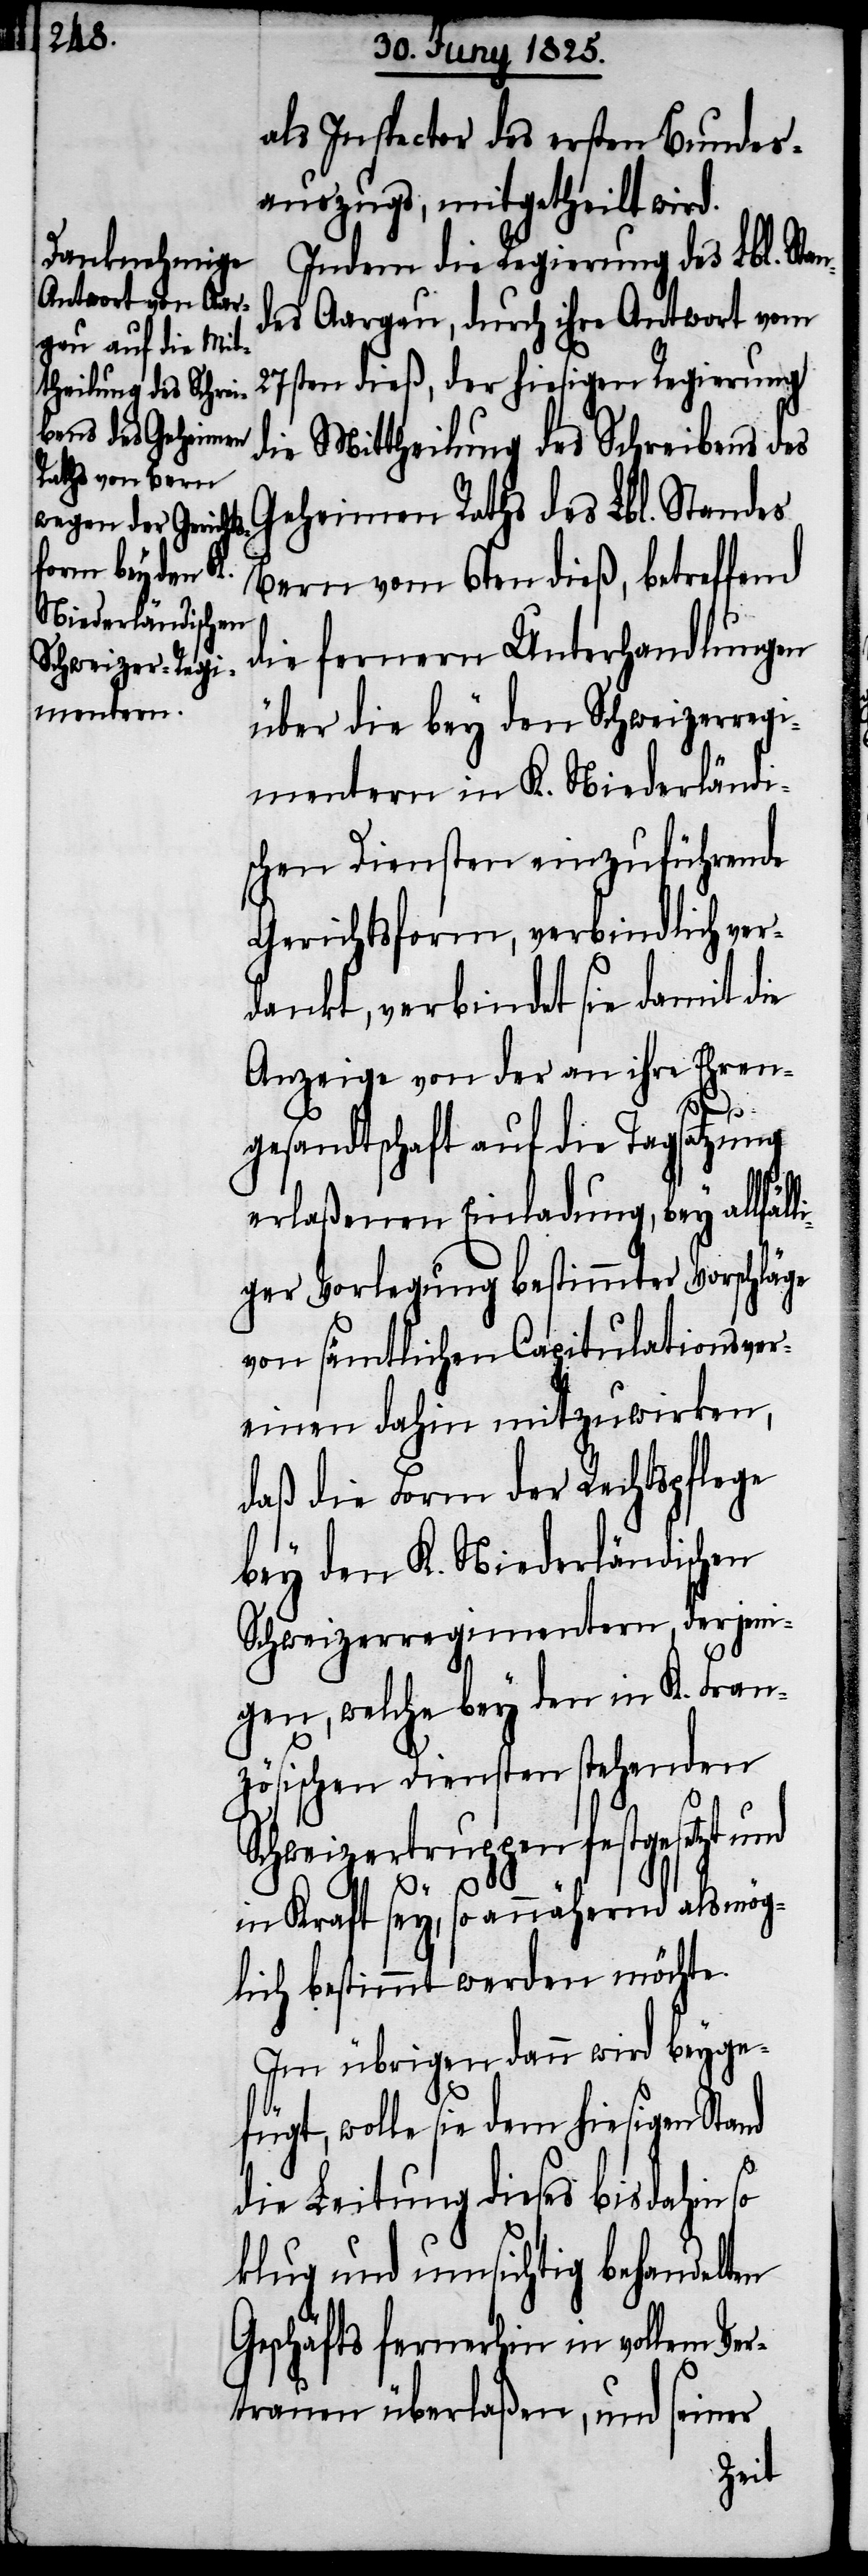
als Inspector des ersten Bundes¬
auszuges, mitgetheilt wird.
Indem die Regierung des Lbl. Stan¬
des Aargau, durch ihre Antwort vom
27sten dieß, der hiesigen Regierung
die Mittheilung des Schreibens des
Geheimen Raths des Lbl. Standes
Bern vom 6ten dieß, betreffend
die fernern Unterhandlungen
über die bey den Schweizerregi¬
mentern in K. Niederländi¬
schen Diensten einzuführende
Gerichtsform, verbindlich ver¬
dankt, verbindet sie damit die
Anzeige von der an ihre Ehren¬
li¬
gesandtschaft auf die Tagsatzung
erlaßenen Einladung, bey allfäl¬
ger Vorlegung bestimmter Vorschläge
von sämtlichen Capitulationsver¬
einen dahin mitzuwirken,
daß die Form der Rechtspflege
bey den K. Niederländischen
Schweizerregimentern, derjeni¬
gen, welche bey den in K. Fran¬
zösischen Diensten stehenden
Schweizertruppen festgesetzt und
in Kraft sey, so annähernd als mög¬
lich bestimmt werden möchte.
Im übrigen dann wird beyge¬
fügt, wolle sie dem hiesigen Stand
die Leitung dieses bis dahin
klug und umsichtig behandelten
Geschäfts fernerhin in vollem Ver¬
trauen überlaßen, und seiner